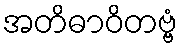
အတိဓာဝိတဗ္ဗံ